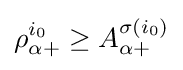
\rho _{\alpha +}^{i_{0}}\geq A_{\alpha +}^{\sigma (i_{0})}